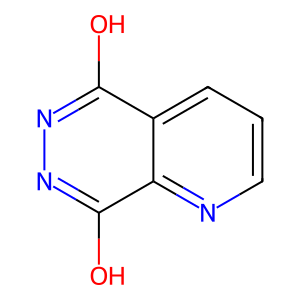
SMILES: Oc1nnc(O)c2ncccc12
Inhibits HIV replication: No